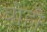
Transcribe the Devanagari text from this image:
बोहो